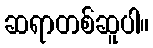
ဆရာတစ်ဆူပါ။